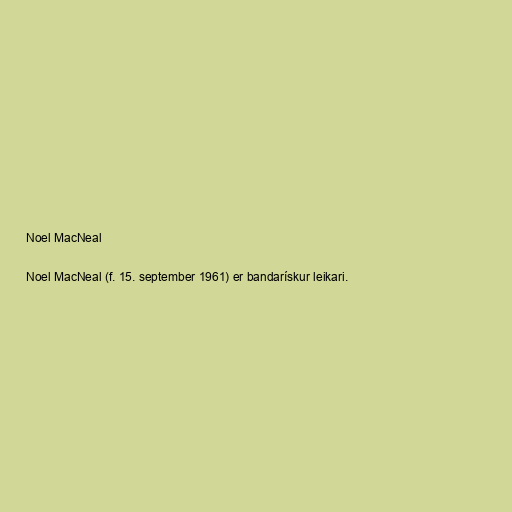
Noel MacNeal

Noel MacNeal (f. 15. september 1961) er bandarískur leikari.